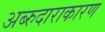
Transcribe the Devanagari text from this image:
अब्‍रुदाराकारण